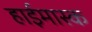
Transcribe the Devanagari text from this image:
हाईमास्क